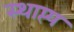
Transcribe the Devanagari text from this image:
स्थाप्त्य